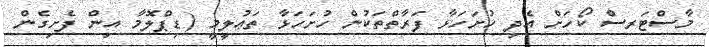
މާސްޓަރސް ކޯހަށް އެދި ހުށަހަޅާ ފަރާތްތަކުން ހުށަހަޅާ ތަޢުލީމީ (ޑިޕްލޮމާ އިން ފެށިގެން